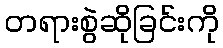
တရားစွဲဆိုခြင်းကို